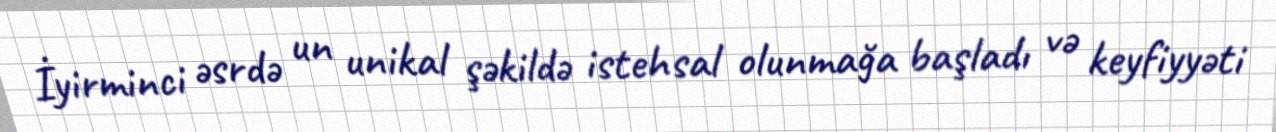
İyirminci əsrdə un unikal şəkildə istehsal olunmağa başladı və keyfiyyəti